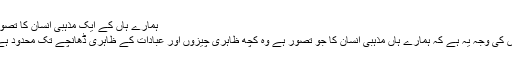
ہمارے ہاں کے ایک مذہبی انسان کا تصور
اس کی وجہ یہ ہے کہ ہمارے ہاں مذہبی انسان کا جو تصور ہے وہ کچھ ظاہری چیزوں اور عبادات کے ظاہری ڈھانچے تک محدود ہے۔